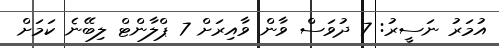
އުމަރު ނަސީރު: 7 ދުވަސް ވާން ވާއިރަށް 7 ޕްލާންޓް ލިބޭނެ ކަމަށް